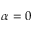
\alpha = 0